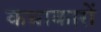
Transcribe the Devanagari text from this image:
कथाकारों